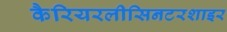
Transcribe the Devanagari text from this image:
कैरियरलीसिनटरशाइर